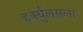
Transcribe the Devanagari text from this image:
हर्क्युलसला